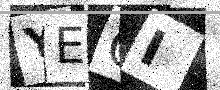
Text: YEGI